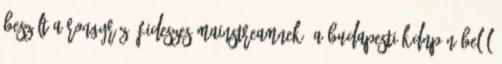
beszólt a rongyrázó fideszes mainstreamnek. A budapesti KDNP-n belül